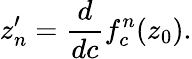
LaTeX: z_{n}^{\prime}={\frac{d}{dc}}f_{c}^{n}(z_{0}).